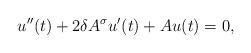
LaTeX: \begin{align*}u''(t)+2\delta A^{\sigma}u'(t)+Au(t)=0,\end{align*}